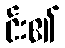
င်း၏